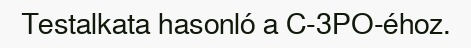
Testalkata hasonló a C-3PO-éhoz.